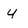
Character: y